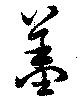
羞